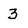
Character: 3